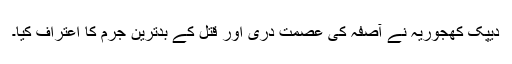
دیپک کھجوریہ نے آصفہ کی عصمت دری اور قتل کے بدترین جرم کا اعتراف کیا۔